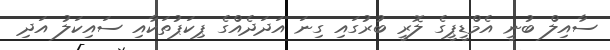
ސާއިލް ބުނީ އެމްޑީޕީގެ ލޮރީ ބުރުގައި ގިނަ އަދަދެއްގެ ޕިކަޕުތަކާއި ސައިކަލު އަދި